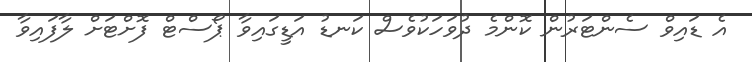
އެ ޑައިވް ސެންޓަރުން ކޮންމެ ދުވަހަކުވެސް ކަނޑު އަޑީގައިވާ ޕޯސްޓް ފޮށްޓަށް ލާފައިވާ